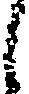
し